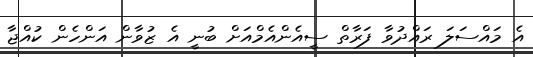
އެ މައްސަލަ ރައްދުވާ ފަރާތް ސީއެންއެމްއަށް ބުނީ އެ ޒުވާން އަންހެން ކުއްޖާ